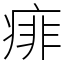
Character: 痱